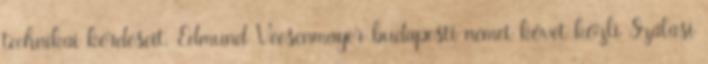
technikai kérdéseit. Edmund Veesenmayer budapesti német követ közli Szálasi